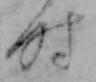
時